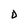
Character: D